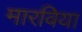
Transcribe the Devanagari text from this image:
मारविया